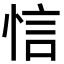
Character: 𢚘